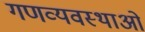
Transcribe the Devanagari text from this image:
गणव्यवस्थाओं